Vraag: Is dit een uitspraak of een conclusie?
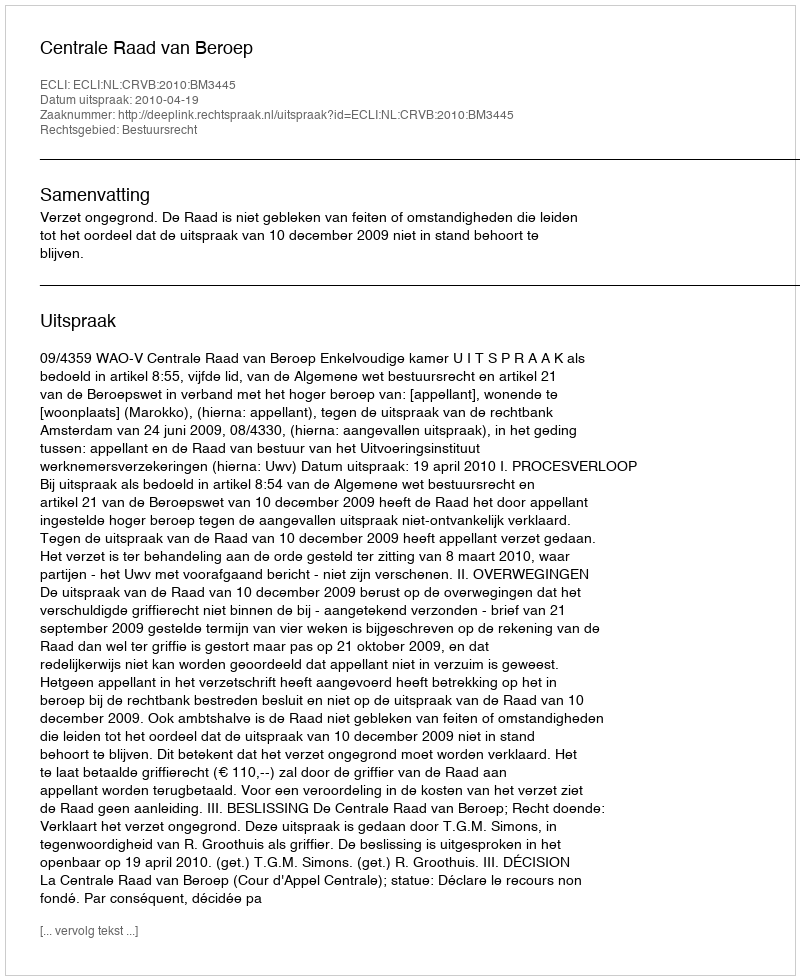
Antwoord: Uitspraak